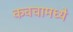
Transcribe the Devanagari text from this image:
कवचामध्ये